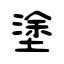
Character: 塗